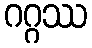
ဂဂ္ဂဿ